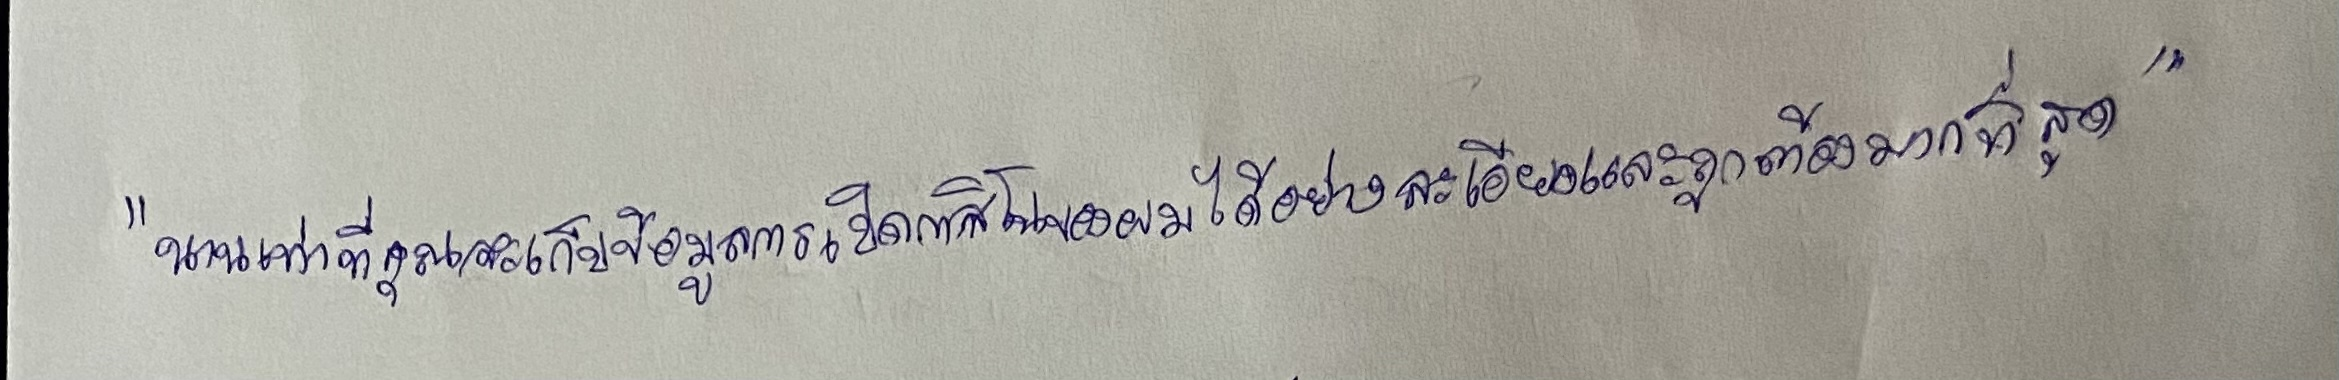
"นานเท่าที่คุณจะเก็บข้อมูลการเปิดกาสิโนของผมได้อย่างละเอียดและถูกต้องมากที่สุด"